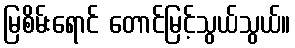
မြစိမ်းရောင် တောင်မြင့်သွယ်သွယ်။